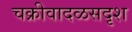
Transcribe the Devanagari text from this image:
चक्रीवादळसदृश